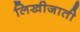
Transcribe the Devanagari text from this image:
लिखीजाती